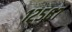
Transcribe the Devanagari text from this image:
१२५६७